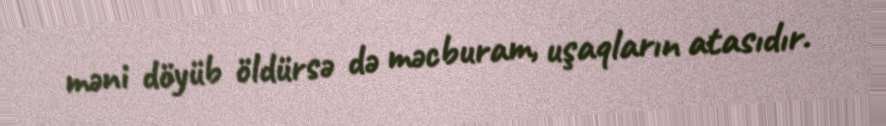
məni döyüb öldürsə də məcburam, uşaqların atasıdır.